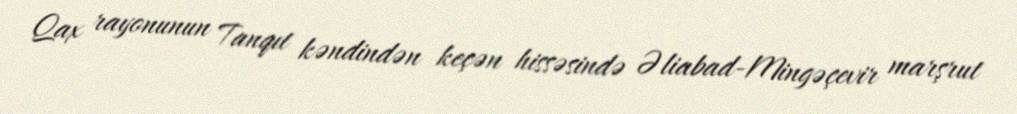
Qax rayonunun Tanqıt kəndindən keçən hissəsində Əliabad-Mingəçevir marşrut